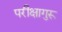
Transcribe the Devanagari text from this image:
परीक्षागुरू